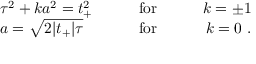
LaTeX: \begin{array} { l c r } { { \tau ^ { 2 } + k a ^ { 2 } = t _ { + } ^ { 2 } } } & { { \qquad \mathrm { f o r } \qquad } } & { { k = \pm 1 } } \\ { { a = \sqrt { 2 | t _ { + } | \tau } } } & { { \qquad \mathrm { f o r } \qquad } } & { { k = 0 \ . } } \end{array}